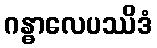
ဂန္ဓာလေပဿိဒံ